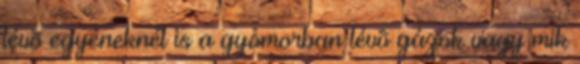
lévõ egyéneknél is a gyomorban lévõ gázok vagy mik